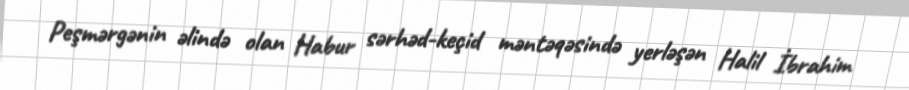
Peşmərgənin əlində olan Habur sərhəd-keçid məntəqəsində yerləşən Halil İbrahim